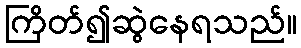
ကြိတ်၍ဆွဲနေရသည်။